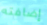
إضافته